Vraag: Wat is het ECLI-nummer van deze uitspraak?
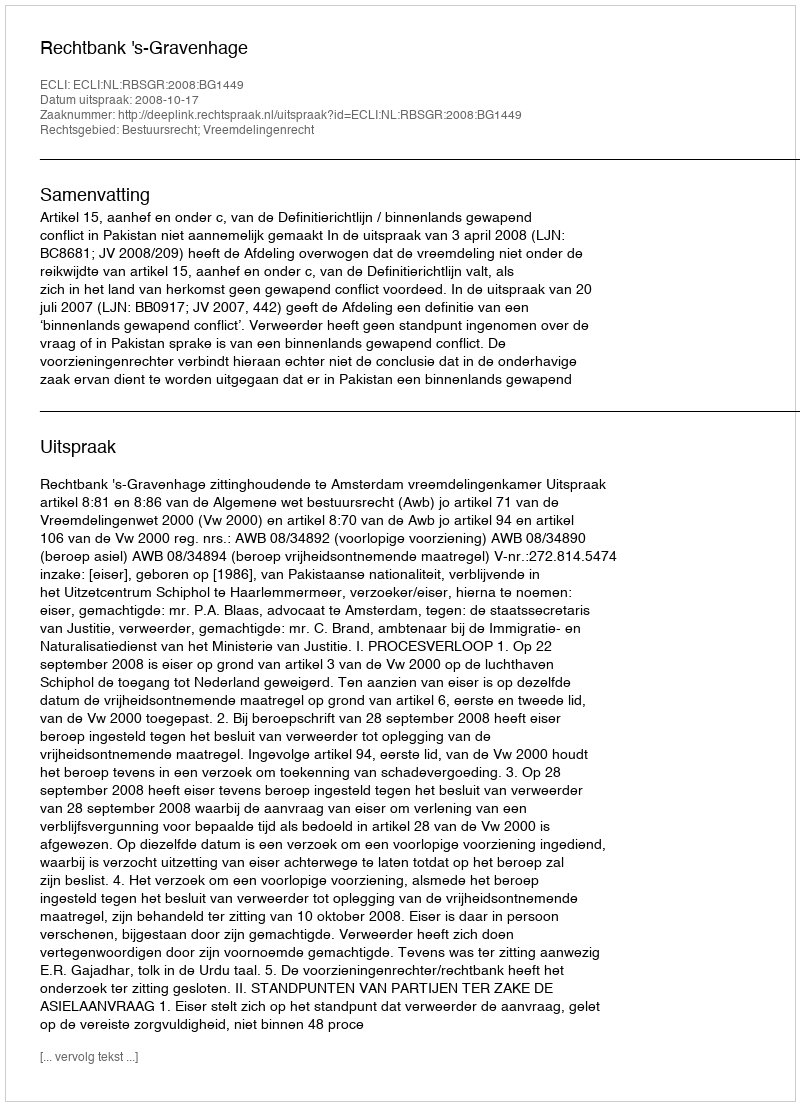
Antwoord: ECLI:NL:RBSGR:2008:BG1449